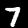
Digit: 7